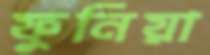
ফুনিয়া